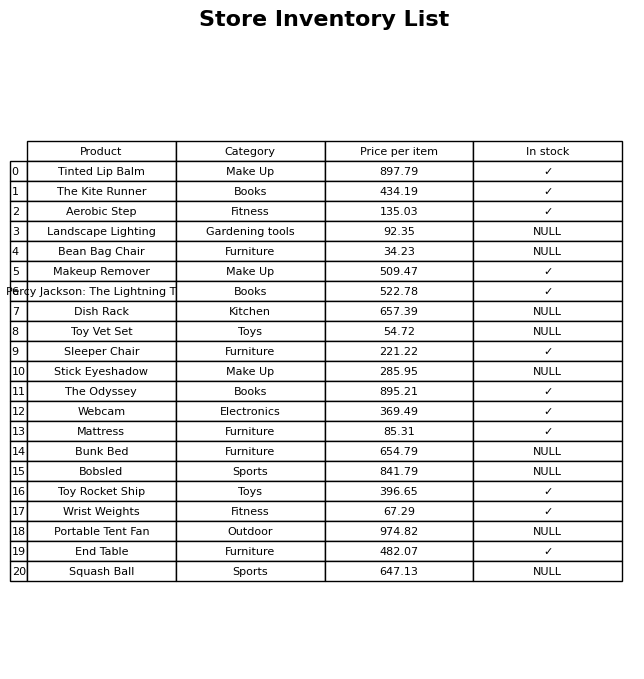
question: What is the price of the Makeup Remover?
answer: The price of Makeup Remover is 509.47.